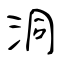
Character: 洞